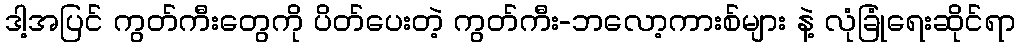
ဒါ့အပြင် ကွတ်ကီးတွေကို ပိတ်ပေးတဲ့ ကွတ်ကီး-ဘလော့ကားစ်များ နဲ့ လုံခြုံရေးဆိုင်ရာ